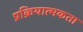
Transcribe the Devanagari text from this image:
प्रक्रियात्मकता